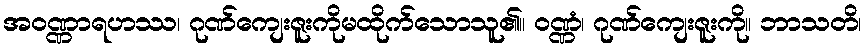
အဝဏ္ဏာရဟဿ၊ ဂုဏ်ကျေးဇူးကိုမထိုက်သောသူ၏။ ဝဏ္ဏံ၊ ဂုဏ်ကျေးဇူးကို။ ဘာသတိ၊